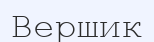
Вершик